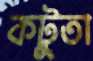
কটুতা